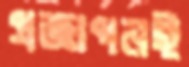
প্রজ্ঞাপনই